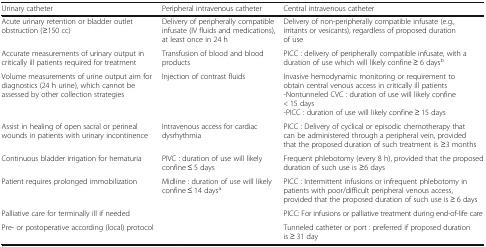
<table><thead><tr><td><b>Urinary catheter</b></td><td><b>Peripheral intravenous catheter</b></td><td><b>Central intravenous catheter</b></td></tr></thead><tbody><tr><td>Acute urinary retention or bladder outlet obstruction (≥150 cc)</td><td>Delivery of peripherally compatible infusate (IV fluids and medications), at least once in 24 h</td><td>Delivery of non-peripherally compatible infusate (e.g., irritants or vesicants), regardless of proposed duration of use</td></tr><tr><td>Accurate measurements of urinary output in critically ill patients required for treatment</td><td>Transfusion of blood and blood products</td><td>PICC : delivery of peripherally compatible infusate, with a duration of use which will likely confine ≥ 6 days<sup>b</sup></td></tr><tr><td>Volume measurements of urine output aim for diagnostics (24 h urine), which cannot be assessed by other collection strategies</td><td>Injection of contrast fluids</td><td>Invasive hemodynamic monitoring or requirement to obtain central venous access in critically ill patients-Nontunneled CVC : duration of use will likely confine &lt; 15 days-PICC : duration of use will likely confine ≥ 15 days</td></tr><tr><td>Assist in healing of open sacral or perineal wounds in patients with urinary incontinence</td><td>Intravenous access for cardiac dysrhythmia</td><td>PICC : Delivery of cyclical or episodic chemotherapy that can be administered through a peripheral vein, provided that the proposed duration of such treatment is ≥3 months</td></tr><tr><td>Continuous bladder irrigation for hematuria</td><td>PIVC : duration of use will likely confine ≤ 5 days</td><td>Frequent phlebotomy (every 8 h), provided that the proposed duration of such use is ≥6 days</td></tr><tr><td>Patient requires prolonged immobilization</td><td>Midline : duration of use will likely confine ≤ 14 days<sup>a</sup></td><td>PICC : Intermittent infusions or infrequent phlebotomy in patients with poor/difficult peripheral venous access, provided that the proposed duration of such use is ≥ 6 days</td></tr><tr><td>Palliative care for terminally ill if needed</td><td>[EMPTY_CELL]</td><td>PICC: For infusions or palliative treatment during end-of-life care</td></tr><tr><td>Pre- or postoperative according (local) protocol</td><td>[EMPTY_CELL]</td><td>Tunneled catheter or port : preferred if proposed duration is ≥ 31 day</td></tr></tbody></table>